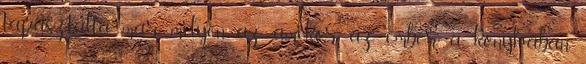
tapasztalta már, milyen az, amikor az ember a konyhában